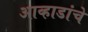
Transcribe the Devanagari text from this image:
आव्हाडांचे